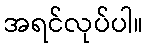
အရင်လုပ်ပါ။